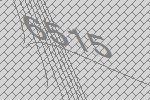
6515